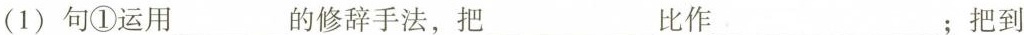
(1)句①运用___的修辞手法，把___比作___；把到